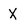
Character: X